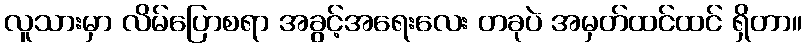
လူသားမှာ လိမ်ပြောစရာ အခွင့်အရေးလေး တခုပဲ အမှတ်ထင်ထင် ရှိတာ။